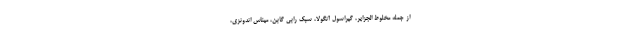
از جمله مخلوط الجزایر، گیراسول آنگولا، سبک رابی گابن، میناس اندونزی،